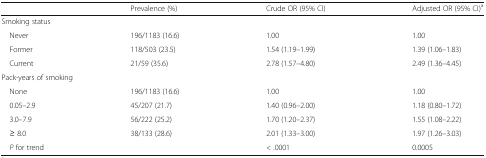
<table><thead><tr><td></td><td><b>Prevalence (%)</b></td><td><b>Crude OR (95% CI)</b></td><td><b>Adjusted OR (95% CI)<sup>a</sup></b></td></tr></thead><tbody><tr><td colspan="4">Smoking status</td></tr><tr><td> Never</td><td>196/1183 (16.6)</td><td>1.00</td><td>1.00</td></tr><tr><td> Former</td><td>118/503 (23.5)</td><td>1.54 (1.19–1.99)</td><td>1.39 (1.06–1.83)</td></tr><tr><td> Current</td><td>21/59 (35.6)</td><td>2.78 (1.57–4.80)</td><td>2.49 (1.36–4.45)</td></tr><tr><td colspan="4">Pack-years of smoking</td></tr><tr><td> None</td><td>196/1183 (16.6)</td><td>1.00</td><td>1.00</td></tr><tr><td> 0.05–2.9</td><td>45/207 (21.7)</td><td>1.40 (0.96–2.00)</td><td>1.18 (0.80–1.72)</td></tr><tr><td> 3.0–7.9</td><td>56/222 (25.2)</td><td>1.70 (1.20–2.37)</td><td>1.55 (1.08–2.22)</td></tr><tr><td> ≥ 8.0</td><td>38/133 (28.6)</td><td>2.01 (1.33–3.00)</td><td>1.97 (1.26–3.03)</td></tr><tr><td> <i>P</i> for trend</td><td></td><td>&lt; .0001</td><td>0.0005</td></tr></tbody></table>